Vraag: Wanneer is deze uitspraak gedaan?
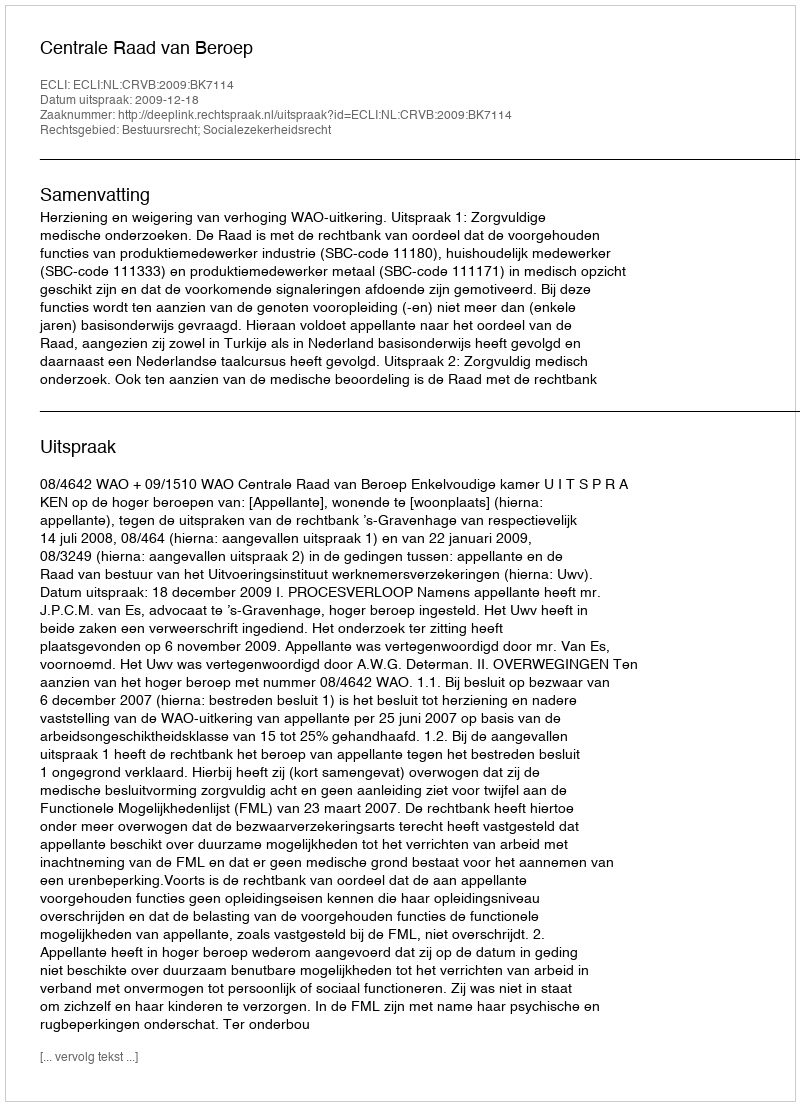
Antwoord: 2009-12-18